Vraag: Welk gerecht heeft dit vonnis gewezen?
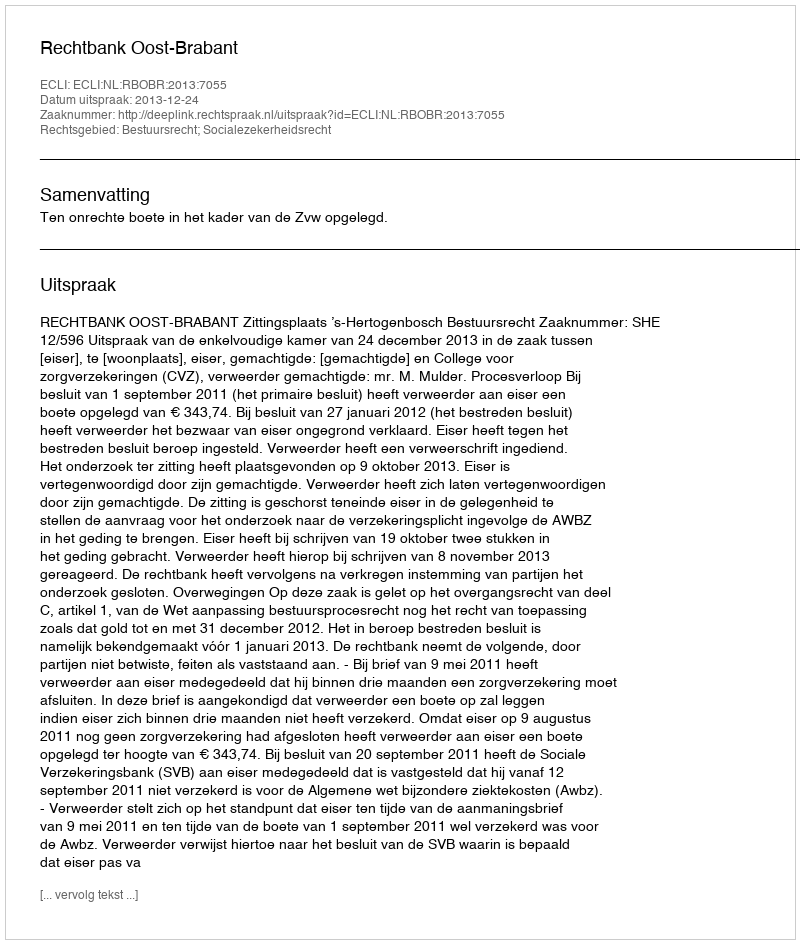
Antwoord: Rechtbank Oost-Brabant